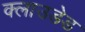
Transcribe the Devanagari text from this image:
क्लाउडेड